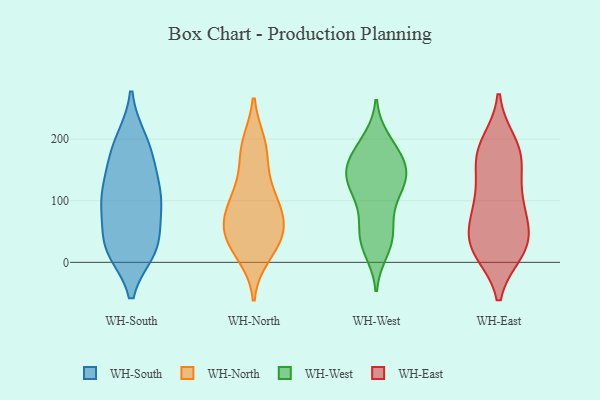
{"axis": {"x": "Budget (USD K)", "y": "Value"}, "legend": ["WH-East", "WH-North", "WH-South", "WH-West"], "data": [{"x": "", "y": 25, "type": "WH-South"}, {"x": "", "y": 98, "type": "WH-South"}, {"x": "", "y": 20, "type": "WH-South"}, {"x": "", "y": 110, "type": "WH-South"}, {"x": "", "y": 63, "type": "WH-South"}, {"x": "", "y": 97, "type": "WH-South"}, {"x": "", "y": 150, "type": "WH-South"}, {"x": "", "y": 26, "type": "WH-South"}, {"x": "", "y": 21, "type": "WH-South"}, {"x": "", "y": 199, "type": "WH-South"}, {"x": "", "y": 155, "type": "WH-South"}, {"x": "", "y": 199, "type": "WH-South"}, {"x": "", "y": 22, "type": "WH-South"}, {"x": "", "y": 98, "type": "WH-South"}, {"x": "", "y": 174, "type": "WH-South"}, {"x": "", "y": 104, "type": "WH-South"}, {"x": "", "y": 74, "type": "WH-North"}, {"x": "", "y": 161, "type": "WH-North"}, {"x": "", "y": 111, "type": "WH-North"}, {"x": "", "y": 190, "type": "WH-North"}, {"x": "", "y": 12, "type": "WH-North"}, {"x": "", "y": 93, "type": "WH-North"}, {"x": "", "y": 52, "type": "WH-North"}, {"x": "", "y": 29, "type": "WH-North"}, {"x": "", "y": 107, "type": "WH-North"}, {"x": "", "y": 192, "type": "WH-North"}, {"x": "", "y": 33, "type": "WH-North"}, {"x": "", "y": 66, "type": "WH-North"}, {"x": "", "y": 49, "type": "WH-North"}, {"x": "", "y": 116, "type": "WH-West"}, {"x": "", "y": 40, "type": "WH-West"}, {"x": "", "y": 103, "type": "WH-West"}, {"x": "", "y": 197, "type": "WH-West"}, {"x": "", "y": 190, "type": "WH-West"}, {"x": "", "y": 130, "type": "WH-West"}, {"x": "", "y": 31, "type": "WH-West"}, {"x": "", "y": 181, "type": "WH-West"}, {"x": "", "y": 165, "type": "WH-West"}, {"x": "", "y": 140, "type": "WH-West"}, {"x": "", "y": 156, "type": "WH-West"}, {"x": "", "y": 141, "type": "WH-West"}, {"x": "", "y": 134, "type": "WH-West"}, {"x": "", "y": 38, "type": "WH-West"}, {"x": "", "y": 134, "type": "WH-West"}, {"x": "", "y": 58, "type": "WH-West"}, {"x": "", "y": 20, "type": "WH-West"}, {"x": "", "y": 162, "type": "WH-West"}, {"x": "", "y": 81, "type": "WH-West"}, {"x": "", "y": 23, "type": "WH-East"}, {"x": "", "y": 162, "type": "WH-East"}, {"x": "", "y": 19, "type": "WH-East"}, {"x": "", "y": 83, "type": "WH-East"}, {"x": "", "y": 45, "type": "WH-East"}, {"x": "", "y": 22, "type": "WH-East"}, {"x": "", "y": 30, "type": "WH-East"}, {"x": "", "y": 184, "type": "WH-East"}, {"x": "", "y": 102, "type": "WH-East"}, {"x": "", "y": 35, "type": "WH-East"}, {"x": "", "y": 108, "type": "WH-East"}, {"x": "", "y": 83, "type": "WH-East"}, {"x": "", "y": 192, "type": "WH-East"}, {"x": "", "y": 166, "type": "WH-East"}, {"x": "", "y": 172, "type": "WH-East"}]}